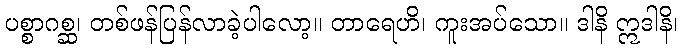
ပစ္စာဂစ္ဆ၊ တစ်ဖန်ပြန်လာခဲ့ပါလော့။ တာရေဟိ၊ ကူးအပ်သော။ ဒါနိ ဣဒါနိ၊